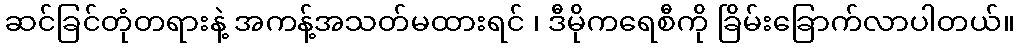
ဆင်ခြင်တုံတရားနဲ့ အကန့်အသတ်မထားရင် ၊ ဒီမိုကရေစီကို ခြိမ်းခြောက်လာပါတယ်။